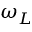
\omega _ { L }